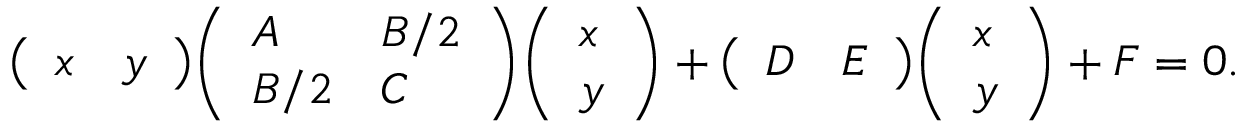
{ \left( \begin{array} { l l } { x } & { y } \end{array} \right) } { \left( \begin{array} { l l } { A } & { B / 2 } \\ { B / 2 } & { C } \end{array} \right) } { \left( \begin{array} { l } { x } \\ { y } \end{array} \right) } + { \left( \begin{array} { l l } { D } & { E } \end{array} \right) } { \left( \begin{array} { l } { x } \\ { y } \end{array} \right) } + F = 0 .